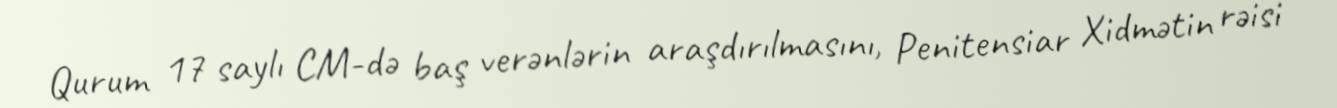
Qurum 17 saylı CM-də baş verənlərin araşdırılmasını, Penitensiar Xidmətin rəisi